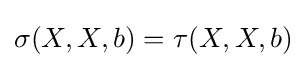
\sigma (X,X,b)=\tau (X,X,b)